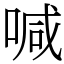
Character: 喊